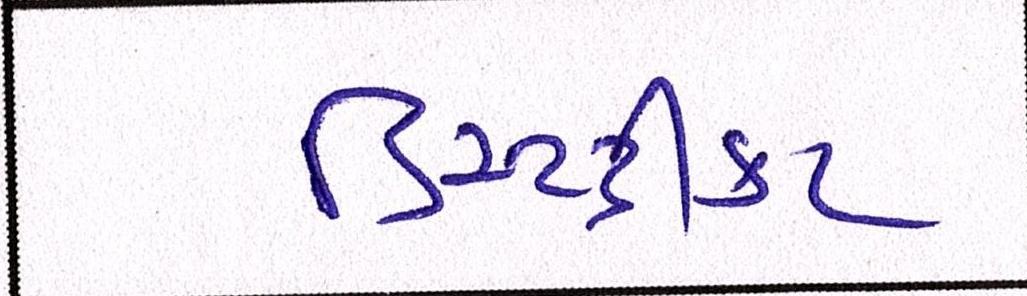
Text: ડિસ્સ્ટ્રીક્ટ